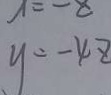
y = - 4 z